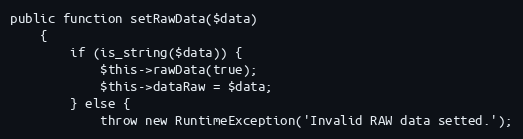
Language: PHP
public function setRawData($data)
	{
		if (is_string($data)) {
			$this->rawData(true);
			$this->dataRaw = $data;
		} else {
			throw new RuntimeException('Invalid RAW data setted.');